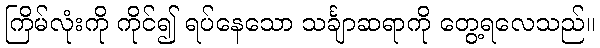
ကြိမ်လုံးကို ကိုင်၍ ရပ်နေသော သင်္ချာဆရာကို တွေ့ရလေသည်။